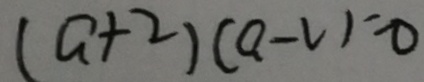
( a + 2 ) ( a - 2 ) = 0